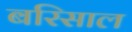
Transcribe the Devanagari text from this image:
बरिसाल